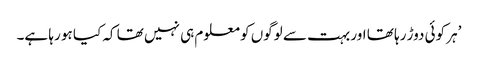
’ہر کوئی دوڑ رہا تھا اور بہت سے لوگوں کو معلوم ہی نہیں تھا کہ کیا ہو رہا ہے۔